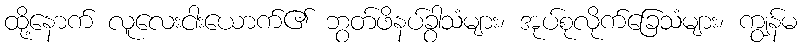
ထို့နောက် လူလေးငါးယောက်၏ ဘွတ်ဖိနပ်ခွာသံများ၊ အုပ်စုလိုက်ခြေသံများ၊ ကျွန်မ